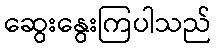
ဆွေးနွေးကြပါသည်